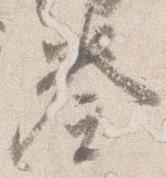
奏